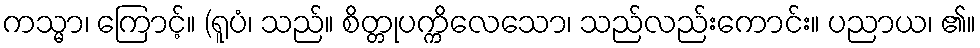
ကသ္မာ၊ ကြောင့်။ (ရူပံ၊ သည်။ စိတ္တုပက္ကိလေသော၊ သည်လည်းကောင်း။ ပညာယ၊ ၏။